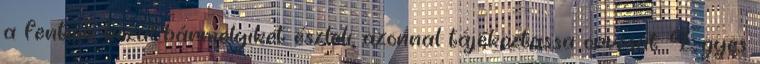
a fentiek közül bármelyiket észleli, azonnal tájékoztassa orvosát. Egyes